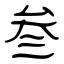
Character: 叁